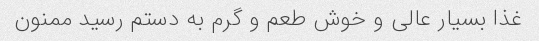
غذا بسیار عالی و خوش طعم و گرم به دستم رسید ممنون